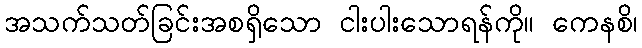
အသက်သတ်ခြင်းအစရှိသော ငါးပါးသောရန်ကို။ ကေနစိ၊